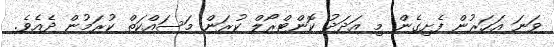
ވަނަ އަހަރުން ފެށިގެން މި އަދަދު ކޮންޓްރޯލް ކުރަން މަސައްކަތް ކުރަމުން ދެއެވެ.